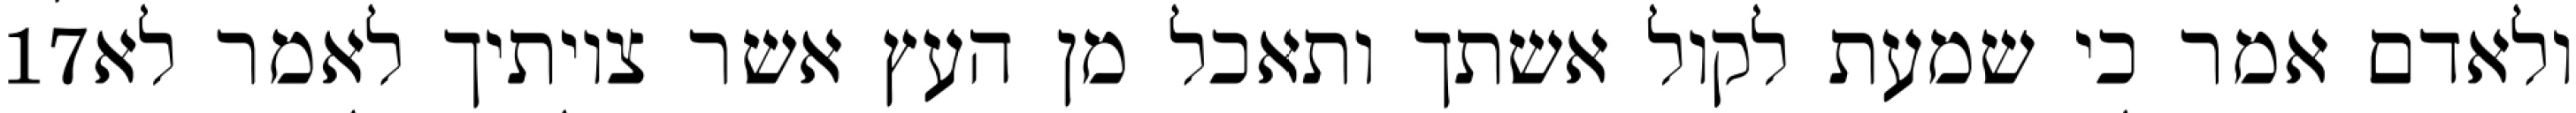
‎17‏ ולאדם אמר כי שמעת לקול אשתך ותאכל מן העץ אשר צויתיך לאמר לא